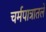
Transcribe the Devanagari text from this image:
चर्मपात्रातले